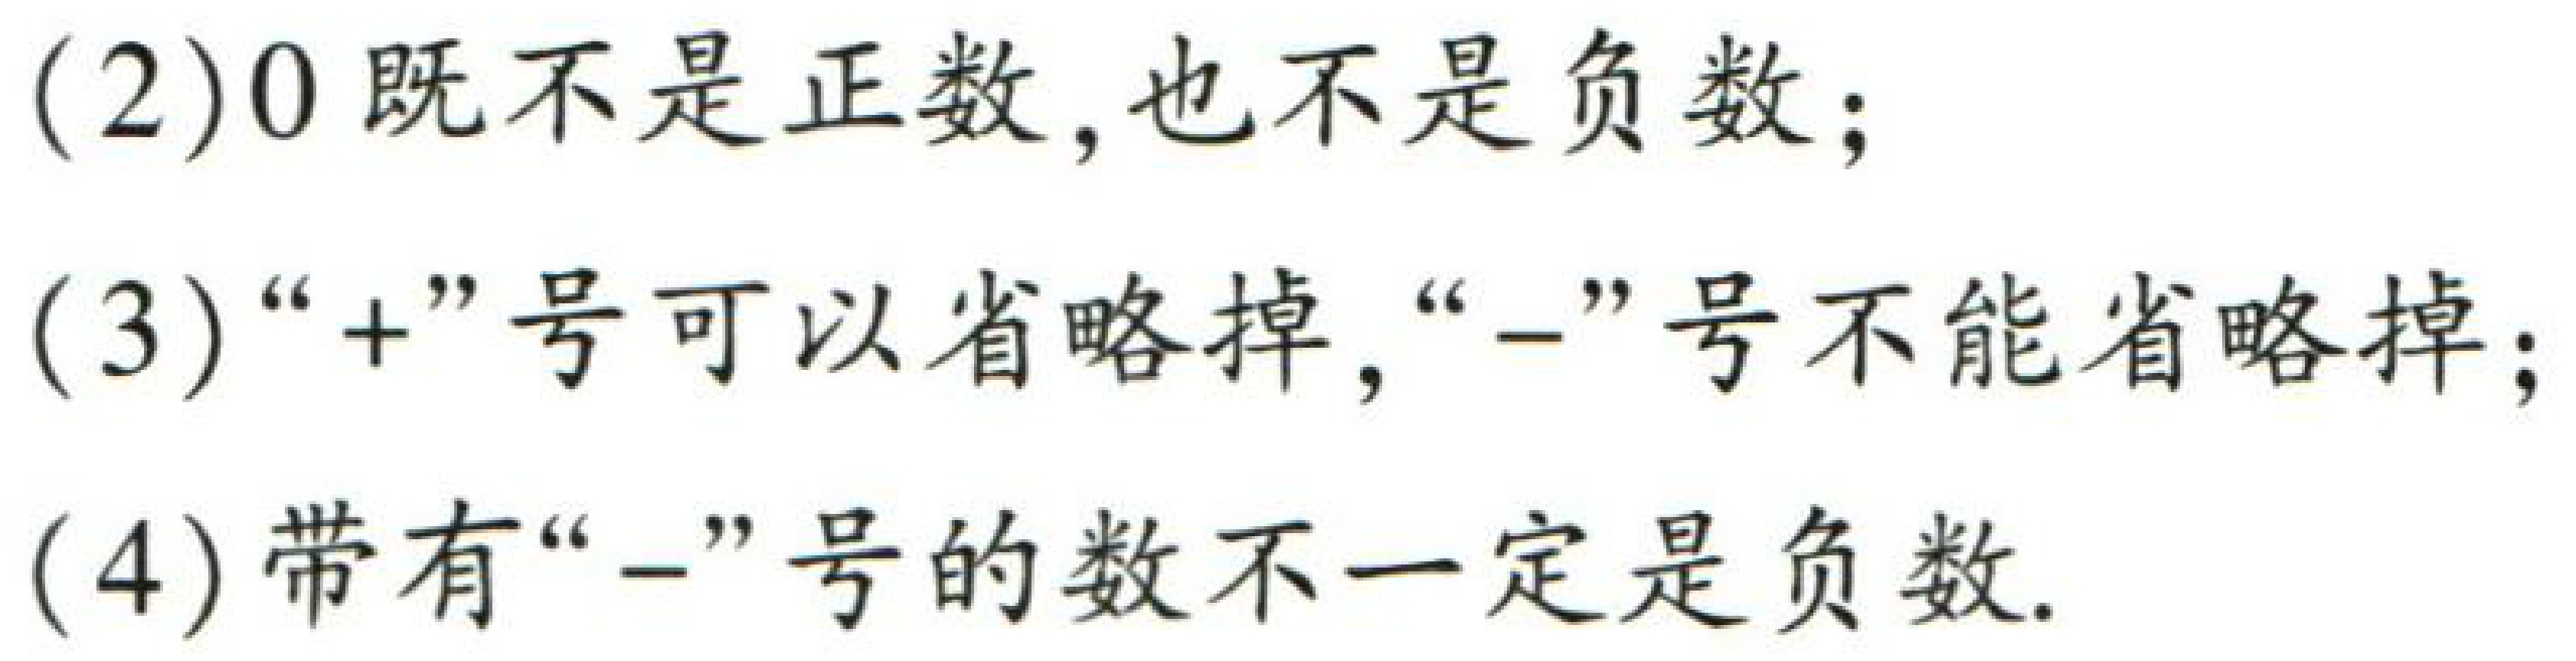
(2) \(0\)既不是正数,也不是负数;

(3)“\(+\)”号可以省略掉,“\(-\)”号不能省略掉;

(4)带有“\(-\)”号的数不一定是负数.